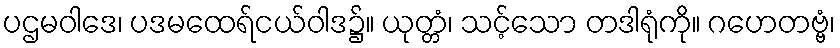
ပဌမဝါဒေ၊ ပဒမထေရ်ငယ်ဝါဒ၌။ ယုတ္တံ၊ သင့်သော တဒါရုံကို။ ဂဟေတဗ္ဗံ၊